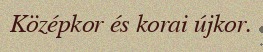
Középkor és korai újkor.